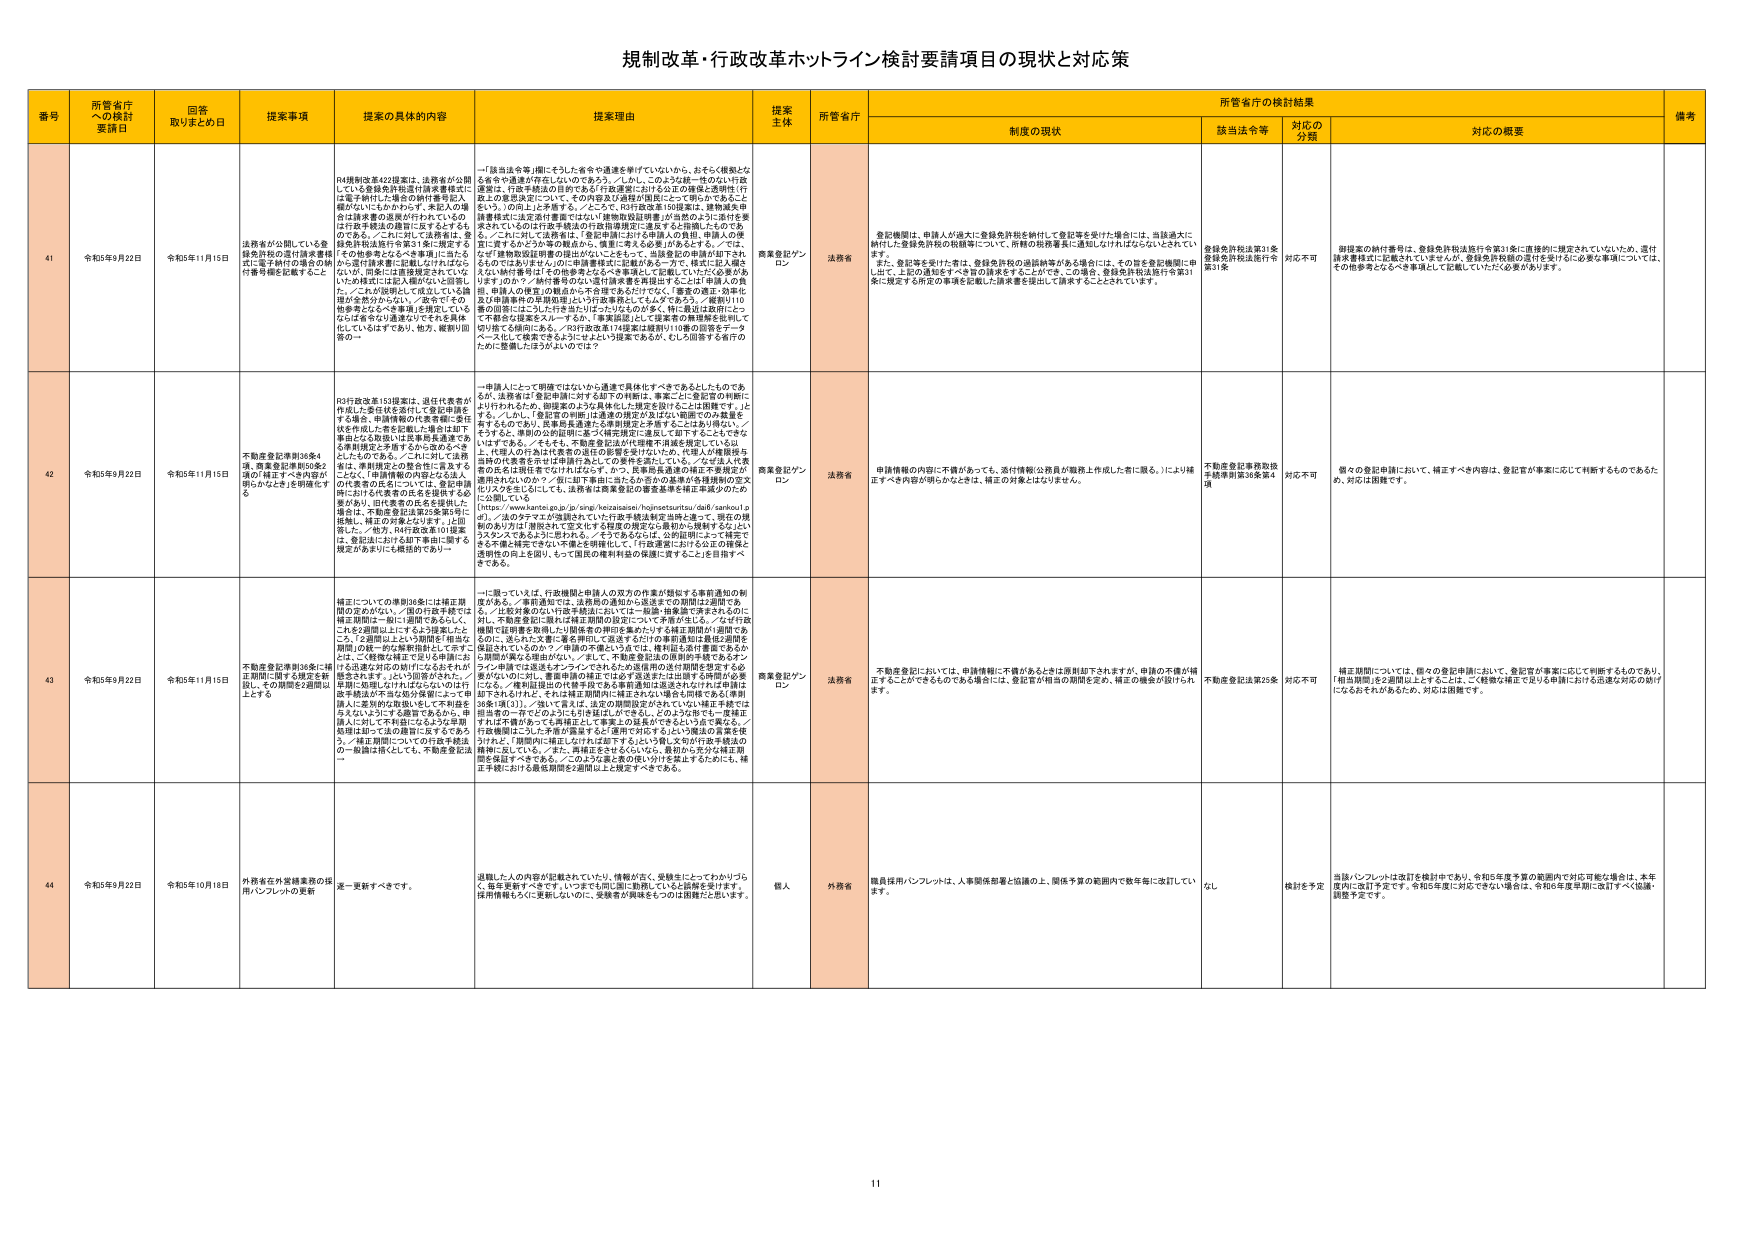
規制改革・行政改革ホットライン検討要請項目の現状と対策

番号 所管省庁への検討要請日 回答取りまとめ日 提案事項 提案の具体的内容 提案理由 提案主体 所管省庁 制度の現状 該当法令等 対応の分類 対応の概要 備考

41 令和3年9月22日 令和5年11月15日 法務省が公開している登録免許税の還付請求書様式に電子納付の場合の納付番号欄を記載すること R4規制改革422提案。法務省が公開している登録免許税還付請求書様式に電子納付に場合の納付番号記入欄がないことについて、本法の場合は請求書の返還が行われているのだけ故不統一の趣旨に反するものである。／これに対して法務省は、「登記申請に際して、登録免許税は還付を第31条に規定するため他省令となるべき事項に当たるから還付請求書に記載しなければならないが、同条には連携規定されていないため現状には記入欄がない」と説明した。／これに反対して成立している論理は全然分からなく、「改定するの他省令となるべき事項」を規定しているならば省令は通達されてそれを具化しているはずであり、他方、縦割り回答の→ 一「該当法令等」欄にそうした省令や通達を挙げていないから、おそらく根拠となる省令や通達が存在しないのであろう。／しかし、このような統一性のない行政運営は、行政手続き法の目的である「行政運営における正当性及び透明性（行政上の意思決定について、その内容及び過程が国民にって明らかであることをいう。）の向上」に矛盾する。／とくに、「R3行政改革130提案」は登録免許税書類式に法定添付書面ではない「建物取扱証明書」が当然のように添付を要求されているのは行政手続法の行政指導規定に違反すると指摘したのである。／これに対して法務省は、「登記申請に際する、他の登記申請書類に該当するかどうか等の観点から、慎重に考える必要」があるとする。／では、「なぜ建物取扱証明書の提出がないことによって、結局登記の申請が拒否されるのであろうか」の「建物取扱証明書」に記載がある→すなわち、様式に記入欄がない納付番号は「その他番号となるべき事項として記載していただく必要がある」のか？／納付番号のない還付請求書を提出する→上計申請人の負担、申請人の便宜」の観点から不合理的なだけでなく、「審査の適正・効率化及び申請案件の早期処理」という行政事務としてよくずである。／要請110番の回答にはこうした行き当たりばったりなものが多く、特に最近は政府にとって不都合な提案をスルーするか、「事実誤認として提案者の無理解を批判して却下」する傾向にある。／R3行政改革174提案は要請110番の回答をデータベース化して検索できるようにしよう提案であるが、むしろ回答する省庁のための整備したほうがよいのでは？ 商業登記ゾンロン 法務省 登記機関は、申請人が過大に登録免許税を納付して登記等を受けた場合には、当該過大に納付した登録免許税の税額等について、所轄の税務署長に通知しなければならないとされている。 登録免許税法第31条 登録免許税法施行令第31条 対応不可 御提案の納付番号は、登録免許税法施行令第31条に直接的に規定されていないため、還付請求書様式に記載されていませんが、登録免許税額の還付を受けるに必要な事項については、その他参考となるべき事項として記載していただく必要があります。

42 令和3年9月22日 令和5年11月15日 不動産登記簿別36条4項、商業登記簿別50条2項の「補正すべき内容が不明なかたき」を明確化する R3行政改革153提案は、遺任代表者が作成した委任状を受付して登記申請をする場合、申請情報の代表者欄に委任状を作成した者を記載した場合は却下事由となる取扱いは民事登記通達であるとしものである。／これに対して法務省は、準拠規定が矛盾するから改めるべきとし、／また、申請情報の内容が不正な点、の代表者の氏名を記載する必要があり、旧代表者の氏名を記載した場合は、不動産登記法第25条第5号に抵触し、補正の対象となります。上記省した。「他方、R4行政改革101提案は、登記法における却下事由に関する規定があまりにも概括的であり→ 一申請人にとって明確でないから通達で具体化すべきであるとしたものであるが、法務省は「登記申請に於ける以下の4件は、事実上に登記官が判断により行われるため、御提案のような具体化した規定を設けることは困難です。」と答える。／しかし、「登記官の判断」は通達の規定がさばない範囲でのみ裁量を許するものであり、民事登記通達が準拠規定と矛盾することはあり得ない。／そうすると、準拠の公的説明に基づく補充規定に違反して却下することではなさずである。／そもそも、不動産登記法が代理権不具備を規定している以上、代理人の行為は代表者の追認の影響を受けないため、代理人が権限限与された代表者名がは申請行為としての却下事由としては、／なぜ法人代表者の氏名は現任者でなければならないか？、かつ、民事登記通達の補正不具備定が適用されないか？／仮に却下事由に当たるか否かの基準が各機関別の定文を示す必要がある。／また、法務省は商業登記の審査基準を第三者認定のため公開している [https://www.kantei.go.jp/jp/singi/keizaisaisin/hoinsetsusunshu/dai8/sankou1.pdf]。／法のテキストが強調されていた行政手続法制定当時と違って、現在の機関のあり方は「準拠されて」定文とする程度の規定から最初から横断するなどというスタンスであるように思われる。／そうであるならば、公的説明によって補完できる不備と補完できない不備とを明確化して、「行政運営における公正の確保と透明性の向上を図り、かつ国民の権利行使の保護に資すること」を目指すべきである。 商業登記ゾンロン 法務省 申請情報の内容に不備があっても、添付情報（公務員が職務上作成した者に限る。）により補正すべき内容が明らかなときは、補正の対象とはなりません。 不動産登記業務取扱手続準則第36条第4項 対応不可 個々の登記申請において、補正すべき内容は、登記官が事実に応じて判断するものであるため、対応は困難です。

43 令和3年9月22日 令和5年11月15日 不動産登記簿別36条に補正期間に関する規定を新設し、その期間を2週間以上とする 補正についての準則36条には補正期間の定めがない。「国の行政手続では補正期間は一般に1週間とされる」こと、これを2週間以上とするよう提案したところ、「2週間以上という期間を「相当な期間」の第一例の解釈理由として示すことは、／登録が異なる理由がない。／そして、不動産登記法の原則的手続であるオンライン申請では返還もオンラインで行われるため届出の送付期間を想定する必要がないのに対し、書面申請の補正では必ず返送または出納する時間が必要になる。／書面届出の代表手続である書面通知は返送されなければ申請は却下されるけれども、それは補正期間の補正3カ月の規定が同様である（準則36条1項(3)）。／仮に言えば、法定の期間設定がされている「補正手続では担当者の一存でどのようにも可否私は」ができる。／このような形で、一見補正手続は不備がきっとも再補正として審査上の延長ができるよう立て異なる。／行政機関にこうした不備が発生する「透明で対応する」という補正の基準を定められ、「期間内に補正しなければ却下する」という観点で行政手続法の趣旨に反している。／また、当補正をせざるを得ないが、最初から充分な補正期間を提示すべきである。／このような2点を国の都合だけを優先するためには、補正手続における最低期間を2週間以上と規定すべきである。 商業登記ゾンロン 法務省 不動産登記においては、申請情報に不備があるときは原則却下されますが、申請の不備が補正することができるものである場合には、登記官が相当の期間を定め、補正の機会が設けられます。 不動産登記法第25条 対応不可 補正期間については、個々の登記申請において、登記官が事実に応じて判断するものであり、「相当期間」を2週間以上とするには、ごく極めて稀で見られる申請における迅速な対応の妨げになるおそれがあるため、対応は困難です。

44 令和3年9月22日 令和5年10月18日 外務省在外常務業務の採用パンフレットの更新 選一更新すべきです。 送達した人の内容が記載されていて、情報が安く、受験生にとってわかりづらく、容易更新すべきです。いつまでも同じ様式で更新していると不適切です。採用情報もろくに更新しないのに、受験者が興味をもつのは困難だと思います。 個人 外務省 職員採用パンフレットは、人事関係部署と協議の上、関係予算の範囲内で数年毎に改訂しています。 なし 検討を予定 当該パンフレットは改訂を検討中であり、令和5年度予算の範囲内で対応可能な場合は、本年度内に改訂予定です。令和5年度に対応できない場合は、令和6年度更新に改訂すべく協議・調整予定です。

11